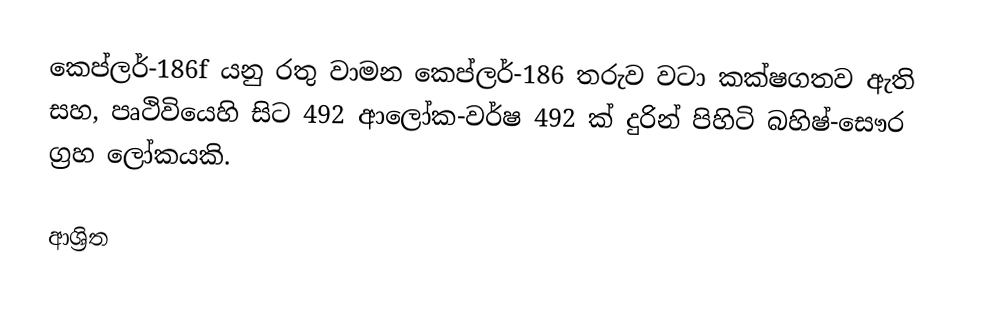
කෙප්ලර්-186f යනු  රතු වාමන කෙප්ලර්-186 තරුව වටා කක්ෂගතව ඇති සහ, පෘථිවියෙහි සිට 492 ආලෝක-වර්ෂ 492 ක් දුරින් පිහිටි  බහිෂ්-සෞර ග්‍රහ ලෝකයකි.

ආශ්‍රිත